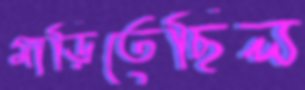
মাড়িতেছিল